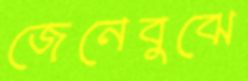
জেনেবুঝে